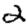
Digit: 2